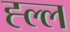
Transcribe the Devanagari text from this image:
ह्ल्ल